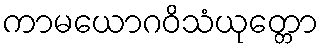
ကာမယောဂဝိသံယုတ္တော